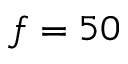
f = 5 0